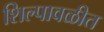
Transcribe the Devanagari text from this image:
शिल्पावळीत